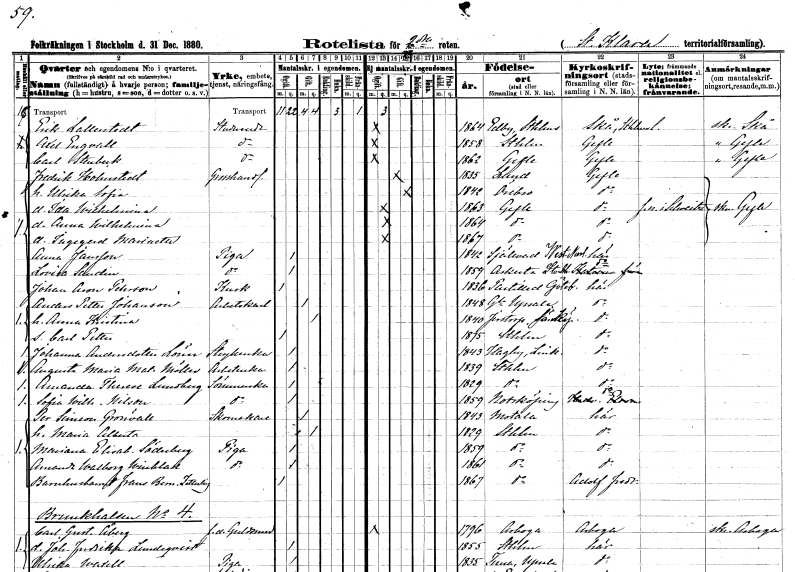
gt_parse: households: individuals: FN: Erik
EN: Lallerstedt
YRKE: Studerande
KON: M
CIV: O
FODAR: 1864
FODFORS: Skå Stockholms län
FN: Axel
EN: Engvall
YRKE: Studerande
KON: M
CIV: O
FODAR: 1858
FODFORS: Stockholm
FN: Carl
EN: Stenbeck
YRKE: Studerande
KON: M
CIV: O
FODAR: 1862
FODFORS: Gävle Gävleborgs län
FN: Fredrik
EN: Holmstedt
YRKE: Grosshandlare
KON: M
CIV: G
FODAR: 1835
FODFORS: Lund Malmöhus län
FN: Ulrika Sofia
KON: K
CIV: G
FODAR: 1842
FODFORS: Örebro Örebro län
FN: Ida Wilhelmina
KON: K
CIV: O
FODAR: 1863
FODFORS: Gävle Gävleborgs län
FN: Anna Wilhelmina
KON: K
CIV: O
FODAR: 1864
FODFORS: Gävle Gävleborgs län
FN: Ingegerd Marinette
KON: K
CIV: O
FODAR: 1867
FODFORS: Gävle Gävleborgs län
FN: Anna
EN: Jansson
YRKE: Piga
KON: K
CIV: O
FODAR: 1842
FODFORS: Själevad Västernorrlands län
FN: Lovisa
EN: Sundin
YRKE: Piga
KON: K
CIV: O
FODAR: 1859
FODFORS: Orkesta Stockholms län
FN: Johan Aron
EN: Pehrson
YRKE: Kusk
KON: M
CIV: O
FODAR: 1836
FODFORS: Partille Göteborgs- och Bohuslän
FN: Anders Petter
EN: Johansson
YRKE: Arbetskarl
KON: M
CIV: G
FODAR: 1848
FODFORS: Gamla Uppsala Uppsala län
FN: Anna Kristina
KON: K
CIV: G
FODAR: 1840
FODFORS: Järstorp Jönköpings län
FN: Carl Petter
KON: M
CIV: O
FODAR: 1875
FODFORS: Stockholm
FN: Johanna
EN: Andersdotter Lönn
YRKE: Strykerska
KON: K
CIV: O
FODAR: 1843
FODFORS: Högby Östergötlands län
FN: Augusta Maria Mathilda
EN: Möller
YRKE: Arbeterska
KON: K
CIV: O
FODAR: 1839
FODFORS: Stockholm
FN: Amanda Therese
EN: Lundberg
YRKE: Sömmerska
KON: K
CIV: O
FODAR: 1829
FODFORS: Stockholm
FN: Sofia Wilhelmina
EN: Nilsson
YRKE: Sömmerska
KON: K
CIV: O
FODAR: 1859
FODFORS: Norrköping Östergötlands län
FN: Per Simeon
EN: Grönvall
YRKE: Skomakare
KON: M
CIV: G
FODAR: 1843
FODFORS: Motala Östergötlands län
FN: Maria Alberta
KON: K
CIV: G
FODAR: 1829
FODFORS: Stockholm
FN: Mariana Elisabet
EN: Söderberg
YRKE: Piga
KON: K
CIV: O
FODAR: 1859
FODFORS: Stockholm
FN: Amanda Walborg
EN: Winblad
YRKE: Piga
KON: K
CIV: O
FODAR: 1861
FODFORS: Stockholm
FN: Frans Bernhard
EN: Zetterling
YRKE: Barnhusbarn
KON: M
CIV: O
FODAR: 1867
FODFORS: Stockholm